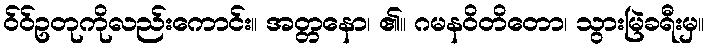
ဝ်ဝ်ဥတုကိုလည်းကောင်း။ အတ္တနော၊ ၏။ ဂမနဝိတိတော၊ သွားမြဲခရီးမှ။